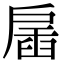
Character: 𢩖